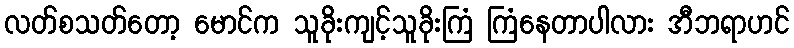
လတ်စသတ်တော့ မောင်က သူခိုးကျင့်သူခိုးကြံ ကြံနေတာပါလား အီဘရာဟင်